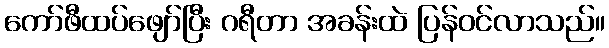
ကော်ဖီထပ်ဖျော်ပြီး ဂရီတာ အခန်းထဲ ပြန်ဝင်လာသည်။